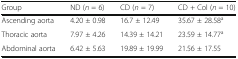
<table><thead><tr><td><b>Group</b></td><td><b>ND (<i>n</i> = 6)</b></td><td><b>CD (<i>n</i> = 7)</b></td><td><b>CD + Col (<i>n</i> = 10)</b></td></tr></thead><tbody><tr><td>Ascending aorta</td><td>4.20 ± 0.98</td><td>16.7 ± 12.49</td><td>35.67 ± 28.58<sup>a</sup></td></tr><tr><td>Thoracic aorta</td><td>7.97 ± 4.26</td><td>14.39 ± 14.21</td><td>23.59 ± 14.77<sup>a</sup></td></tr><tr><td>Abdominal aorta</td><td>6.42 ± 5.63</td><td>19.89 ± 19.99</td><td>21.56 ± 17.55</td></tr></tbody></table>